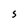
Character: S